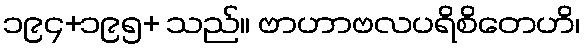
၁၉၄+၁၉၅+ သည်။ ဗာဟာဗလပရိစိတေဟိ၊